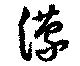
濛